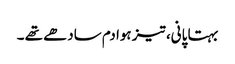
بہتا پانی، تیز ہوا دم سادھے تھے ۔